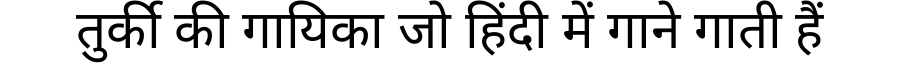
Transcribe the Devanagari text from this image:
तुर्की की गायिका जो हिंदी में गाने गाती हैं